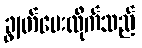
ချွတ်ပေးလိုက်သည်